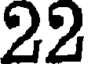
22